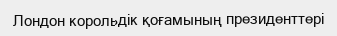
Лондон корольдік қоғамының президенттері